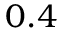
\phantom { + } 0 . 4